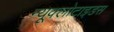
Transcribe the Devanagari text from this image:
न्यूक्लोटाइडस